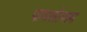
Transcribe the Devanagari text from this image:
पायलोजम